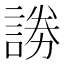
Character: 𮘞